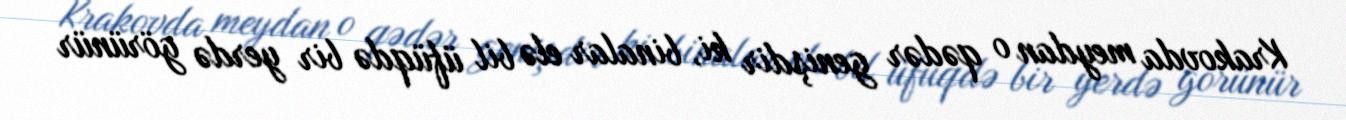
Krakovda meydan o qədər genişdir ki, binalar elə bil üfüqdə bir yerdə görünür